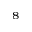
^ { 8 }